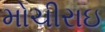
મોચીરાઇ